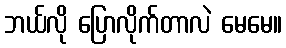
ဘယ်လို ပြောလိုက်တာလဲ မေမေ။